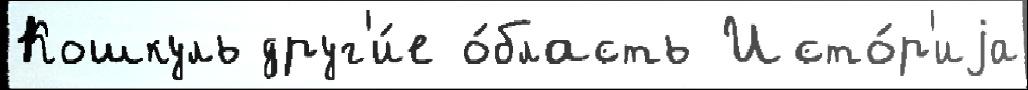
Кошкуль друг'и́е о́бласть Исто́р'иjа